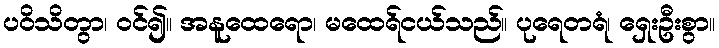
ပဝိသိတွာ၊ ဝင်၍။ အနူထေရော၊ မထေရ်ငယ်သည်။ ပုရေတရံ၊ ရှေးဦးစွာ။